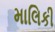
માલિકી